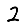
Digit: 2